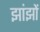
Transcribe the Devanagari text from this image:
झांझों